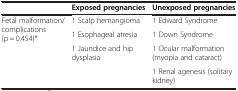
<table><thead><tr><td><b> </b></td><td><b>Exposed pregnancies</b></td><td><b>Unexposed pregnancies</b></td></tr></thead><tbody><tr><td rowspan="4">Fetal malformation/complications (p = 0.454)*</td><td>1 Scalp hemangioma</td><td>1 Edward Syndrome</td></tr><tr><td>1 Esophageal atresia</td><td>1 Down Syndrome</td></tr><tr><td rowspan="2">1 Jaundice and hip dysplasia</td><td>1 Ocular malformation (myopia and cataract)</td></tr><tr><td>1 Renal agenesis (solitary kidney)</td></tr></tbody></table>